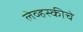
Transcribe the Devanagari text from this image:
लेव्हस्कीचे